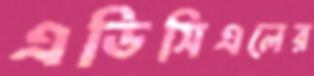
এডিসিএলের